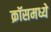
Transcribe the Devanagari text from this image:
क्रॉसमध्ये